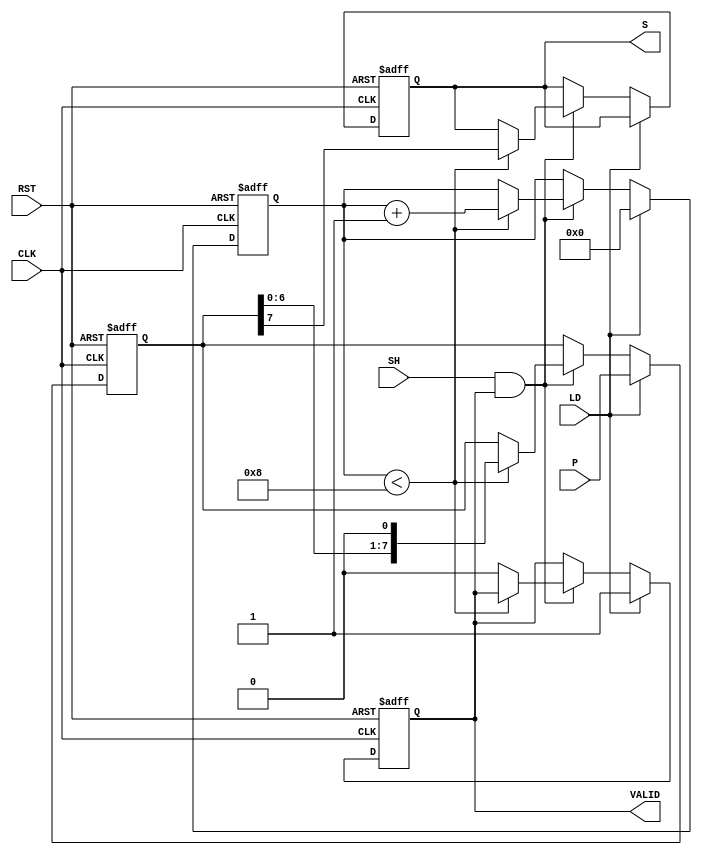
module dynamic_piso_register #(
    parameter N = 8  // Width of the register
)(
    input wire [N-1:0] P,     // Parallel input
    input wire LD,            // Load control signal
    input wire SH,            // Shift control signal
    input wire CLK,           // Clock signal
    input wire RST,           // Asynchronous reset
    output reg S,             // Serial output
    output reg VALID          // Valid output signal
);

    reg [N-1:0] shift_reg;    // Shift register to hold the data
    reg [3:0] count;          // Counter to track the number of bits shifted out

    always @(posedge CLK or posedge RST) begin
        if (RST) begin
            shift_reg <= {N{1'b0}}; // Clear the register
            S <= 1'b0;              // Clear serial output
            VALID <= 1'b0;          // Clear valid signal
            count <= 4'b0;          // Reset counter
        end else begin
            if (LD) begin
                shift_reg <= P;      // Load parallel data into the shift register
                count <= 4'b0;       // Reset counter
                VALID <= 1'b1;       // Set valid signal
            end else if (SH && VALID) begin
                if (count < N) begin
                    S <= shift_reg[N-1]; // Output the MSB
                    shift_reg <= {shift_reg[N-2:0], 1'b0}; // Shift left
                    count <= count + 1; // Increment the counter
                end else begin
                    VALID <= 1'b0;       // Clear valid signal when done
                end
            end
        end
    end

endmodule